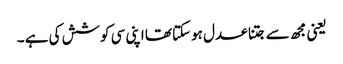
یعنی مجھ سے جتنا عدل ہوسکتا تھا اپنی سی کوشش کی ہے ۔